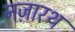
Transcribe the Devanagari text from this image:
नज़ारथ